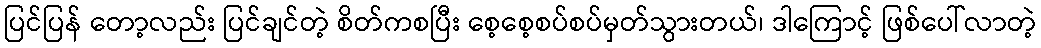
ပြင်ပြန် တော့လည်း ပြင်ချင်တဲ့ စိတ်ကစပြီး စေ့စေ့စပ်စပ်မှတ်သွားတယ်၊ ဒါကြောင့် ဖြစ်ပေါ်လာတဲ့